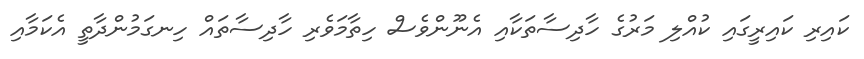
ކައިރި ކައިރީގައި ކުއްލި މަރުގެ ހާދިސާތަކާއި އެނޫންވެސް ހިތާމަވެރި ހާދިސާތައް ހިނގަމުންދާތީ އެކަމާއި